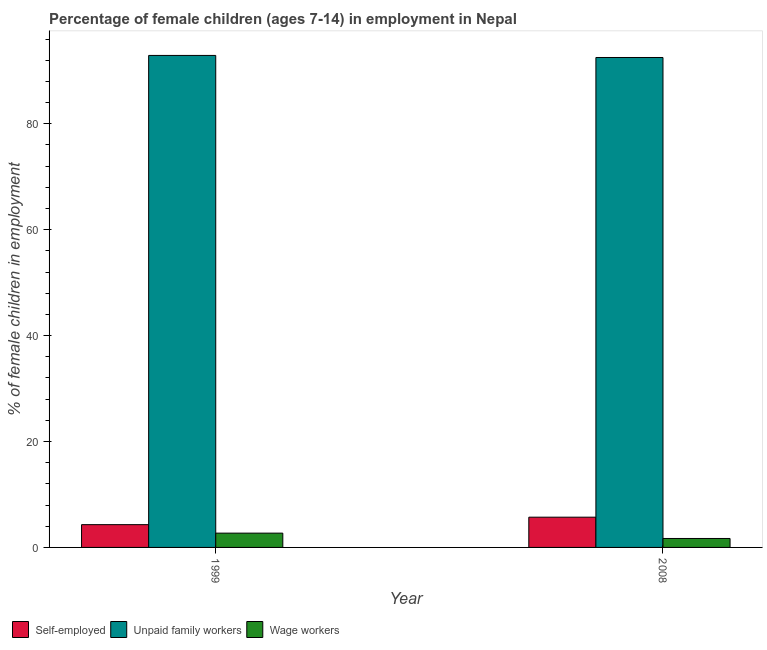
| Year | Self-employed | Unpaid family workers | Wage workers |
 | --- | --- | --- | --- |
 | 1999 | 4.3 | 92.9 | 2.7 |
 | 2008 | 5.71 | 92.5 | 1.69 |